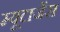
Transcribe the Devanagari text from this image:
म्यूटाजेंस